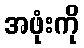
အဖုံးကို